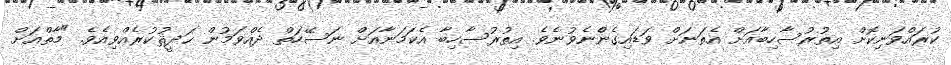
ކުރައްވަނިކޮށް އިތުރުސާހިބާއަށް އެތަނަށް ވަޑައިގެންެނެވުނެވެ. އިތުރުސާހިބާ އެކަމަނާއަށް ނަސޭހަތް ދެއްވަމުން ޙަދީޘުކުރެއްވިއެވެ. "މާތްއަށް